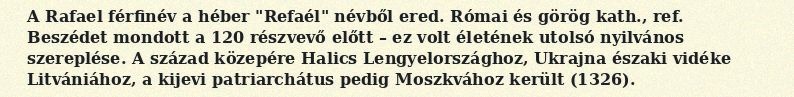
A Rafael férfinév a héber "Refaél" névből ered. Római és görög kath., ref. Beszédet mondott a 120 részvevő előtt – ez volt életének utolsó nyilvános szereplése. A század közepére Halics Lengyelországhoz, Ukrajna északi vidéke Litvániához, a kijevi patriarchátus pedig Moszkvához került (1326).